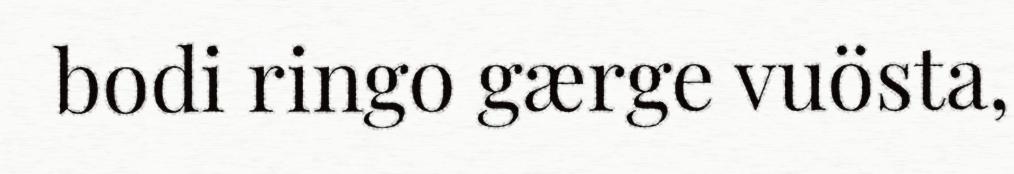
bodi ringo gærge vuösta,